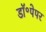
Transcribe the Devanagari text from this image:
डॉ॰पेपर